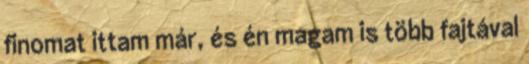
finomat ittam már, és én magam is több fajtával